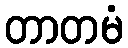
တာတမံ